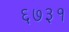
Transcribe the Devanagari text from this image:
६७३१